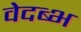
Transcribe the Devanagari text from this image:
वेदब्भ